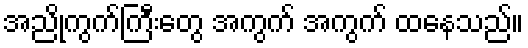
အညိုကွက်ကြီးတွေ အကွက် အကွက် ထနေသည်။